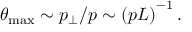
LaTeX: \theta _ { \operatorname * { m a x } } \sim p _ { \perp } / p \sim \left( p L \right) ^ { - 1 } .